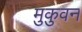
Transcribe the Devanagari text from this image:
मुकुवन